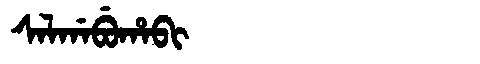
Manchu: ᠰᠠᠯᡤᠠᠪᡠᡥᠠᠪᡳ
Romanization: SALGABUHABI